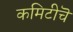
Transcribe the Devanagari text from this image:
कमिटीचॆ